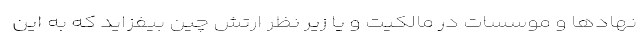
نهادها و موسسات در مالکیت و یا زیر نظر ارتش چین بیفزاید که به این